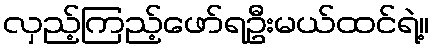
လှည့်ကြည့်ဖော်ရဦးမယ်ထင်ရဲ့။